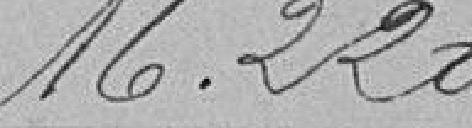
16220